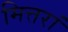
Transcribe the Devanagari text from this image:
मित्तरां